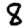
Digit: 8